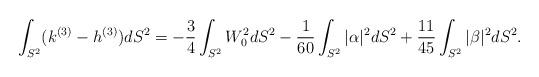
LaTeX: \begin{align*} \int _{S^2} (k^{(3)} - h^{(3)}) dS^2 =-\frac{3}{4}\int_{S^2} W_0^2 d S^2-\frac{1}{60} \int _{S^2} |\alpha|^2 dS^2 + \frac{11}{45} \int _{S^2} |\beta|^2 dS^2.\end{align*}